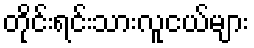
တိုင်းရင်းသားလူငယ်များ